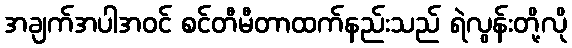
အချက်အပါအဝင် စင်တီမီတာထက်နည်းသည် ရဲလွန်းတို့လို